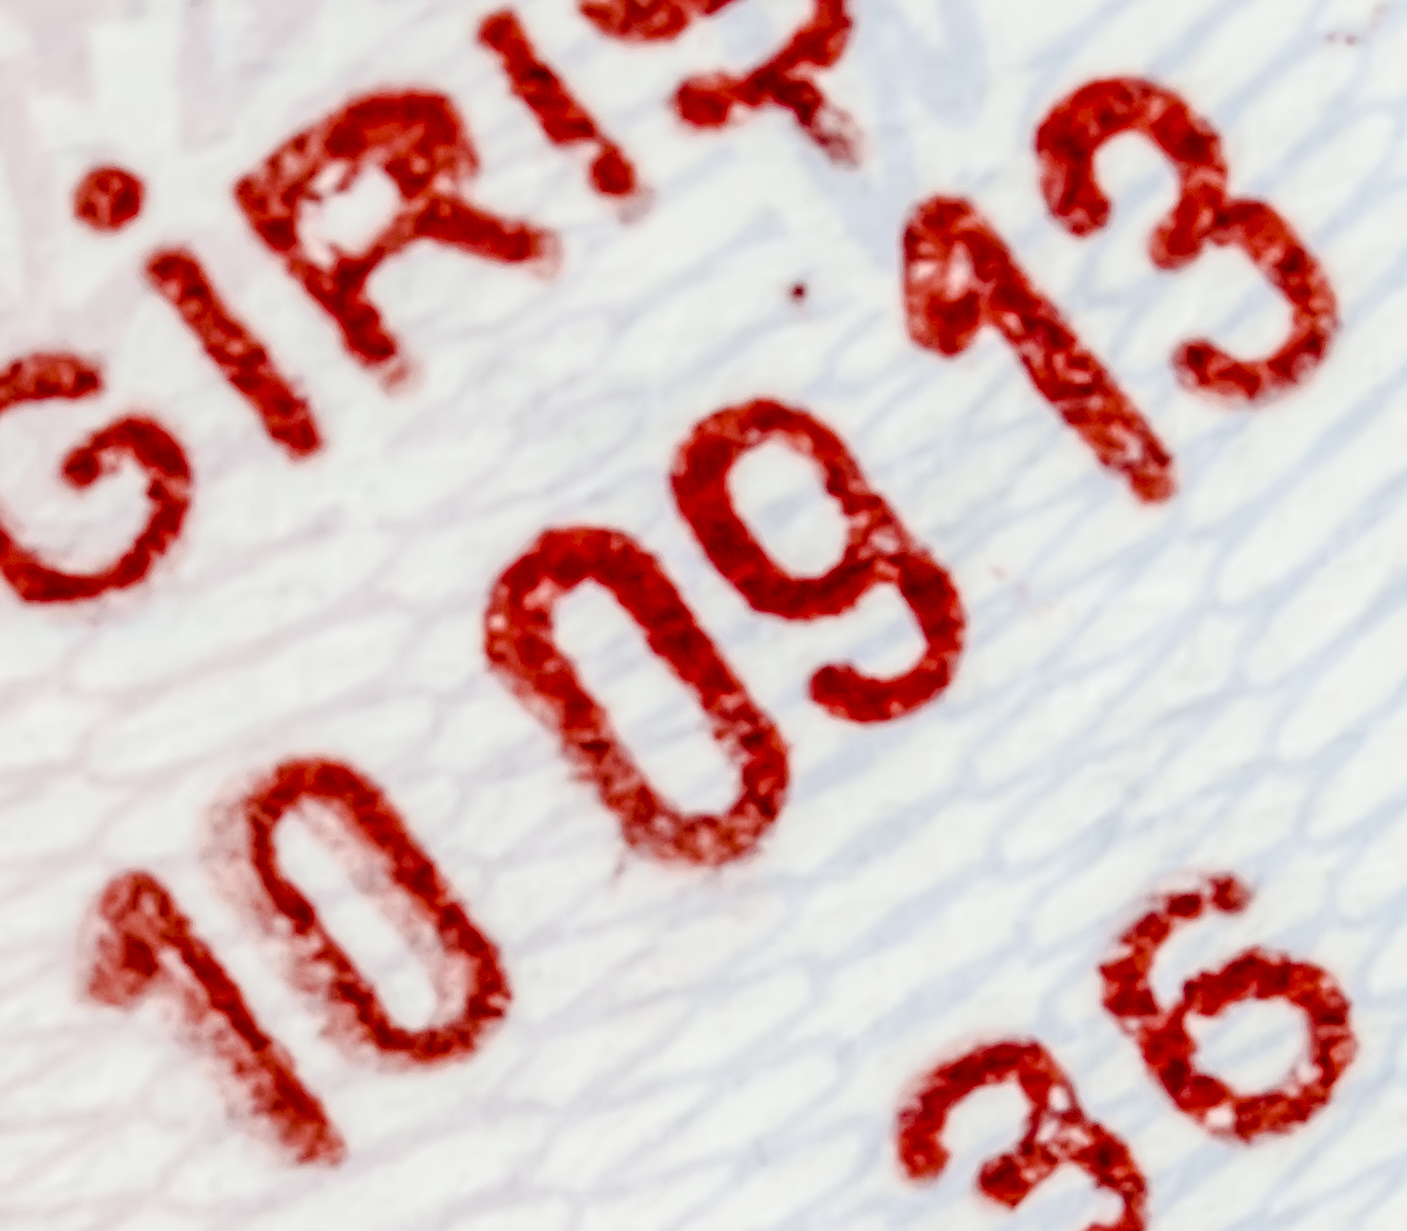
10 09 13